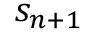
s _ { n + 1 }